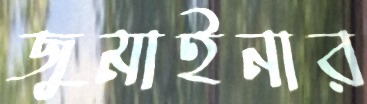
জুমাইনার